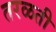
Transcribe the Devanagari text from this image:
तरळती